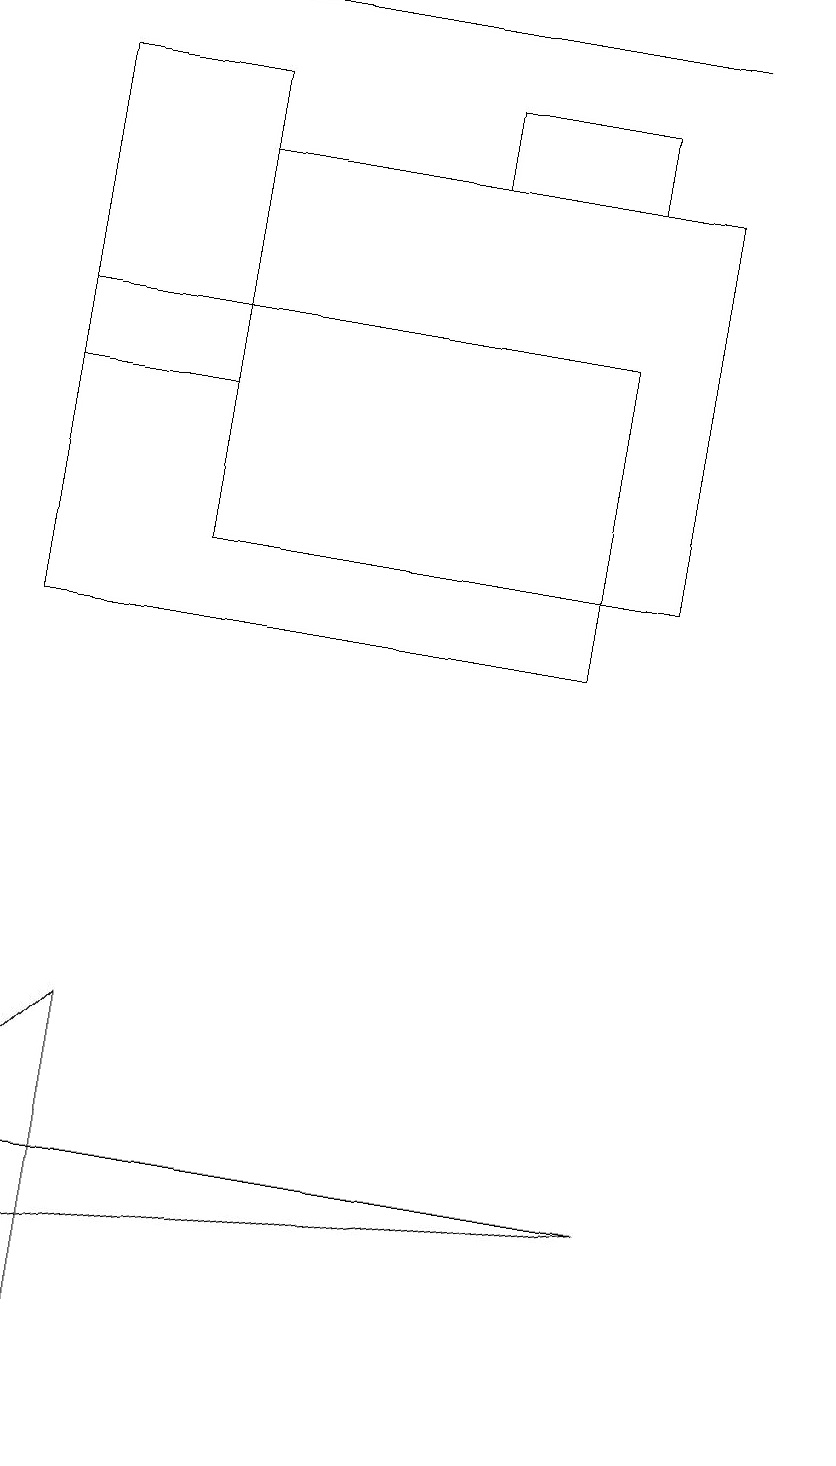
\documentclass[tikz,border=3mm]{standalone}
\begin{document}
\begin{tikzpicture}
\draw (11,10) circle (0);
\draw (6,17) rectangle (8,18);
\draw (2,1) -- (1,5) -- (2,6) -- cycle;
\draw (9,4) -- (1,4) -- (1,3) -- cycle;
\draw (3,14) rectangle (1,18);
\draw (9,12) rectangle (3,17);
\draw (9,19) rectangle (1,19);
\draw (1,11) rectangle (8,15);
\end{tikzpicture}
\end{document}